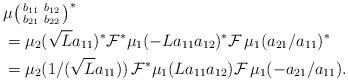
LaTeX: \begin{align*}& \mu\big(\begin{smallmatrix} b_{11} & b_{12} \\ b_{21} & b_{22}\end{smallmatrix}\big)^\ast \\ &= \mu_2(\sqrt{L}a_{11})^\ast\mathcal F^\ast \mu_1(-La_{11}a_{12})^\ast \mathcal{F}\, \mu_1(a_{21}/a_{11})^\ast \\& = \mu_2(1/(\sqrt{L}a_{11}))\,\mathcal F^\ast \mu_1(La_{11}a_{12}) \mathcal{F}\, \mu_1(-a_{21}/a_{11}).\end{align*}